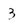
Character: 3